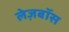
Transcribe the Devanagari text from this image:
लेज़बॉस